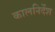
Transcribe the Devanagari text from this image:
कालनिर्देश